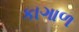
કાગાળ